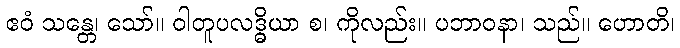
ဧဝံ သန္တေ၊ သော်။ ဝါတူပလဒ္ဓိယာ စ၊ ကိုလည်း။ ပဘာဝနာ၊ သည်။ ဟောတိ၊